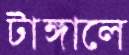
টাঙ্গালে